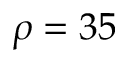
\rho = 3 5